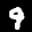
Label: 9